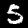
Label: 5